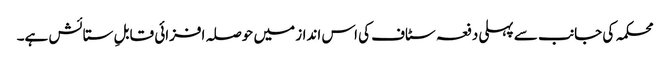
محکمہ کی جانب سے پہلی دفعہ سٹاف کی اس انداز میں حوصلہ افزائی قابلِ ستائش ہے۔